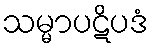
သမ္မာပဋိပဒံ